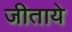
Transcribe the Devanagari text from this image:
जीताये